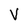
Character: V